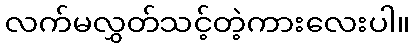
လက်မလွှတ်သင့်တဲ့ကားလေးပါ။